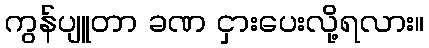
ကွန်ပျူတာ ခဏ ငှားပေးလို့ရလား။